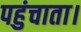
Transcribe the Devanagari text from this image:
पहुंचाता।